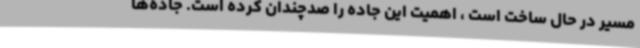
مسیر در حال ساخت است ، اهمیت این جاده را صدچندان کرده است. جاده‌ها